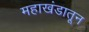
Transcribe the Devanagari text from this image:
महाखंडातून